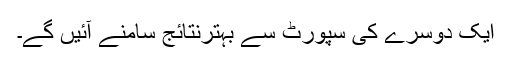
ایک دوسرے کی سپورٹ سے بہترنتائج سامنے آئیں گے۔